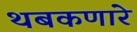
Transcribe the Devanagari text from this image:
थबकणारे